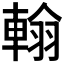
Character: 𨌺